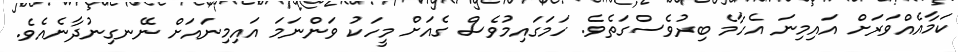
ކަމާއެއްވަރަށް އައިމިނަ އެހާމެ ބިރުވެސްގަތެވެ. ހަމަގައިމުވެސް ގެއަށް މީހަކު ވަންނަމަ އައިމިނައަށް ނޭނގިނުދާނެއެވެ.